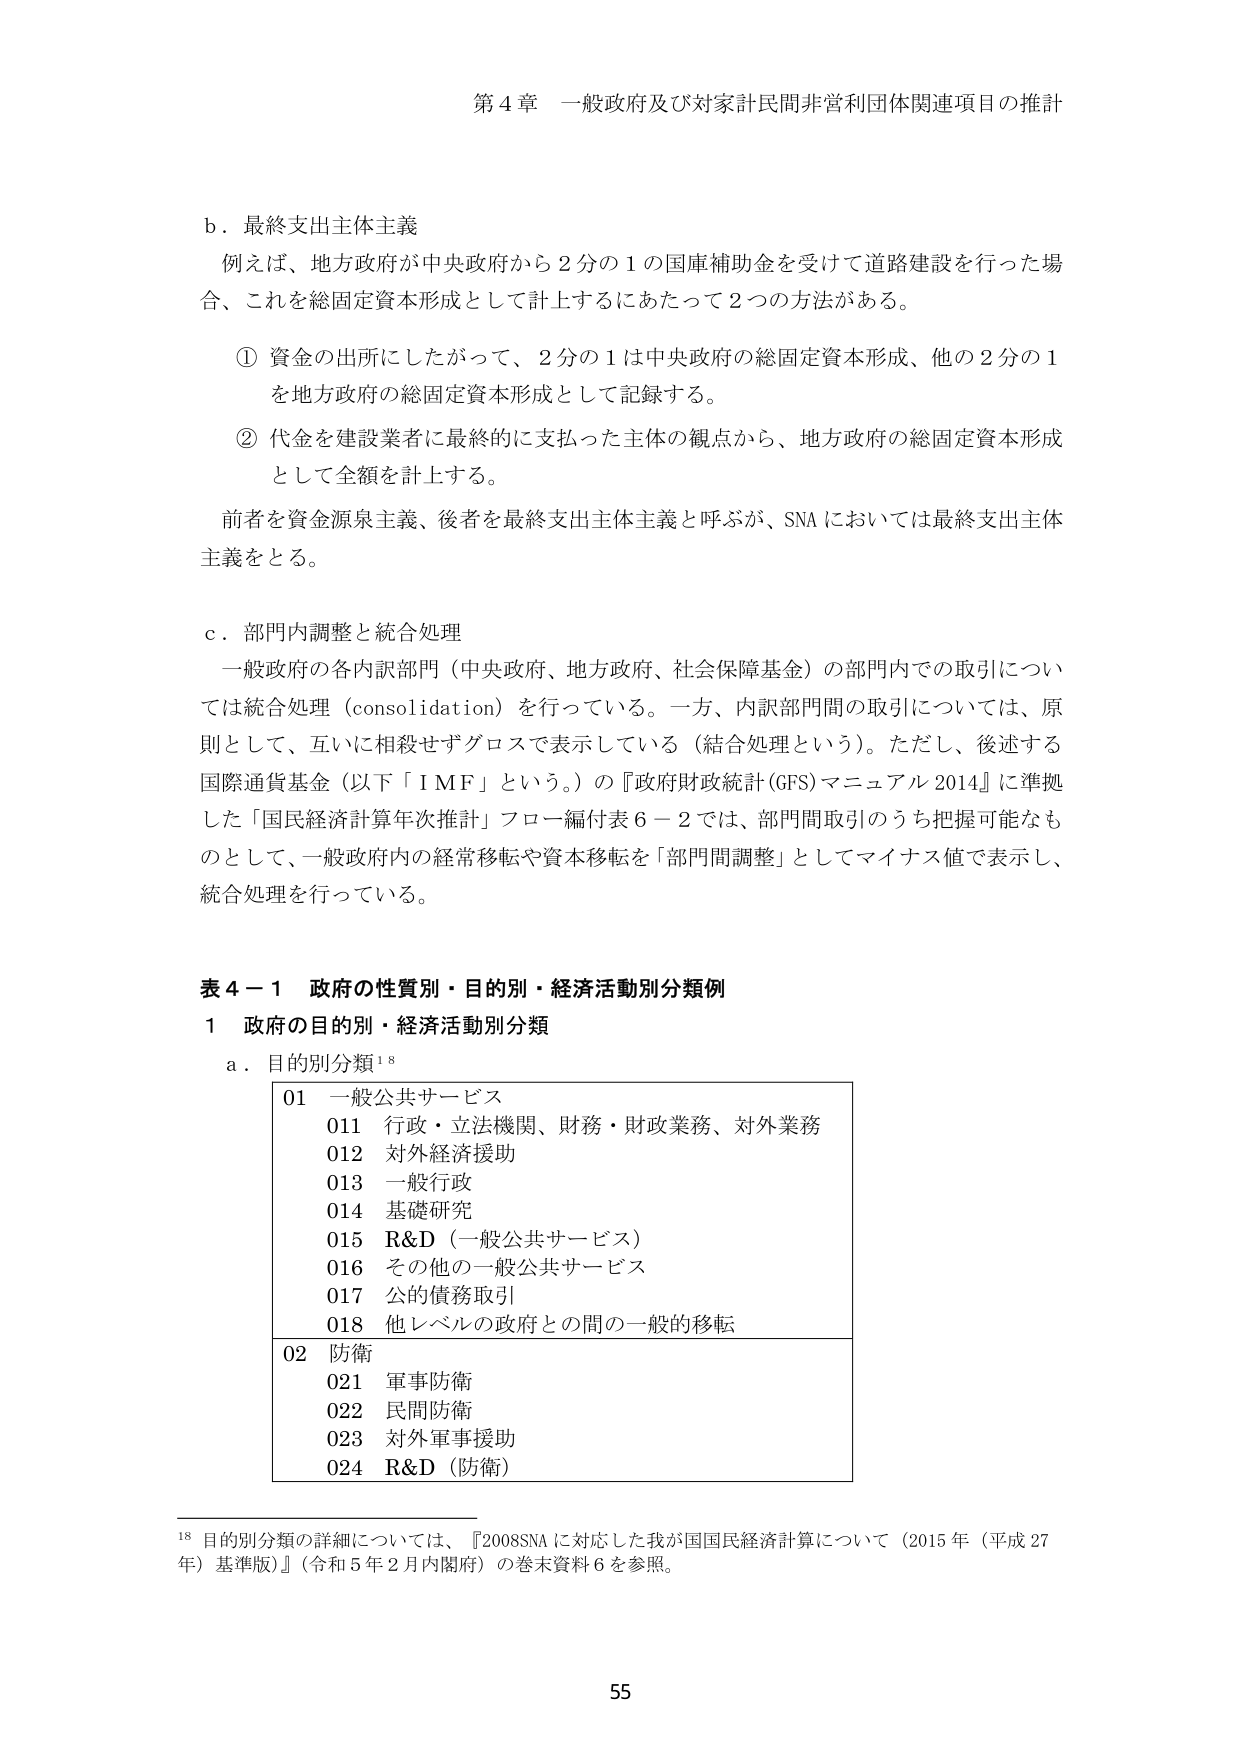
第４章 一般政府及び対家計民間非営利団体関連項目の推計

ｂ．最終支出主体主義
例えば、地方政府が中央政府から２分の１の国庫補助金を受けて道路建設を行った場合、これを総固定資本形成として計上するにあたって２つの方法がある。

① 資金の出所にしたがって、２分の１は中央政府の総固定資本形成、他の２分の１を地方政府の総固定資本形成として記録する。
② 代金を建設業者に最終的に支払った主体の観点から、地方政府の総固定資本形成として全額を計上する。

前者を資金源泉主義、後者を最終支出主体主義と呼ぶが、SNA においては最終支出主体主義をとる。

ｃ．部門内調整と統合処理
一般政府の各内訳部門（中央政府、地方政府、社会保障基金）の部門内での取引については統合処理（consolidation）を行っている。一方、内訳部門間の取引については、原則として、互いに相殺せずグロスで表示している（結合処理という）。ただし、後述する国際通貨基金（以下「IMF」という。）の『政府財政統計（GFS）マニュアル 2014』に準拠した「国民経済計算年次推計」フロー編付表６－２では、部門間取引のうち把握可能なものとして、一般政府内の経常移転や資本移転を「部門間調整」としてマイナス値で表示し、統合処理を行っている。

表４－１ 政府の性質別・目的別・経済活動別分類例
１ 政府の目的別・経済活動別分類
ａ．目的別分類¹⁸

01 一般公共サービス
　011 行政・立法機関、財務・財政業務、対外業務
　012 対外経済援助
　013 一般行政
　014 基礎研究
　015 R&D（一般公共サービス）
　016 その他の一般公共サービス
　017 公的債務取引
　018 他レベルの政府との間の一般的移転

02 防衛
　021 軍事防衛
　022 民間防衛
　023 対外軍事援助
　024 R&D（防衛）

¹⁸ 目的別分類の詳細については、『2008SNAに対応した我が国国民経済計算について（2015年（平成27年）基準版）』（令和5年2月内閣府）の巻末資料6を参照。

55